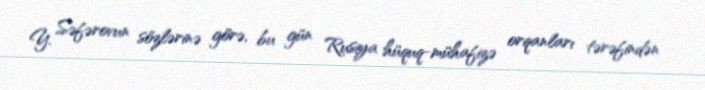
Y. Səfərovun sözlərinə görə, bu gün Rusiya hüquq-mühafizə orqanları tərəfindən